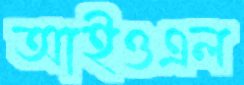
আইওএল